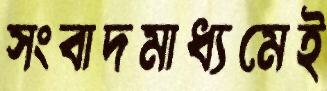
সংবাদমাধ্যমেই